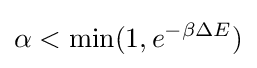
\alpha <\min(1,e^{-\beta \Delta E})